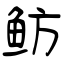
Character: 鲂